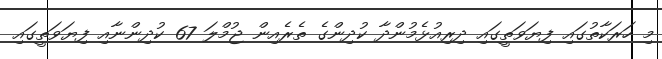
މި ހަރަކާތުގައި ފިޔަވަތީގައި ދިރިއުޅެމުންދާ ކުދިންގެ ތެރެއިން ޖުމްލަ 67 ކުދިންނާއި ފިޔަވަތީގައި